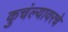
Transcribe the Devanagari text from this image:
कुचंल्यावरचे